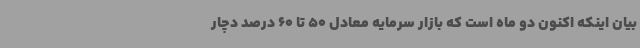
بیان اینکه اکنون دو ماه است که بازار سرمایه معادل 50 تا 60 درصد دچار